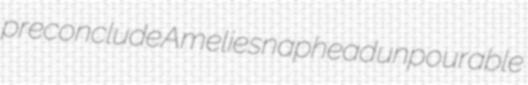
preconclude Amelie snaphead unpourable